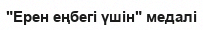
"Ерен еңбегі үшін" медалі